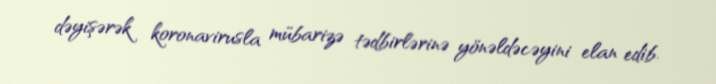
dəyişərək koronavirusla mübarizə tədbirlərinə yönəldəcəyini elan edib.